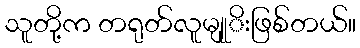
သူတို့က တရုတ်လူမျုုိးဖြစ်တယ်။